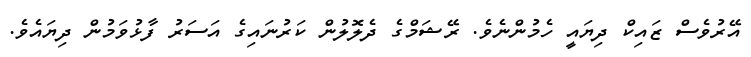
އޭރުވެސް ޒައިކް ދިޔައީ ހެމުންނެވެ. ރޭޝަމްގެ ދެލޮލުން ކަރުނައިގެ އަސަރު ފާޅުވަމުން ދިޔައެވެ.